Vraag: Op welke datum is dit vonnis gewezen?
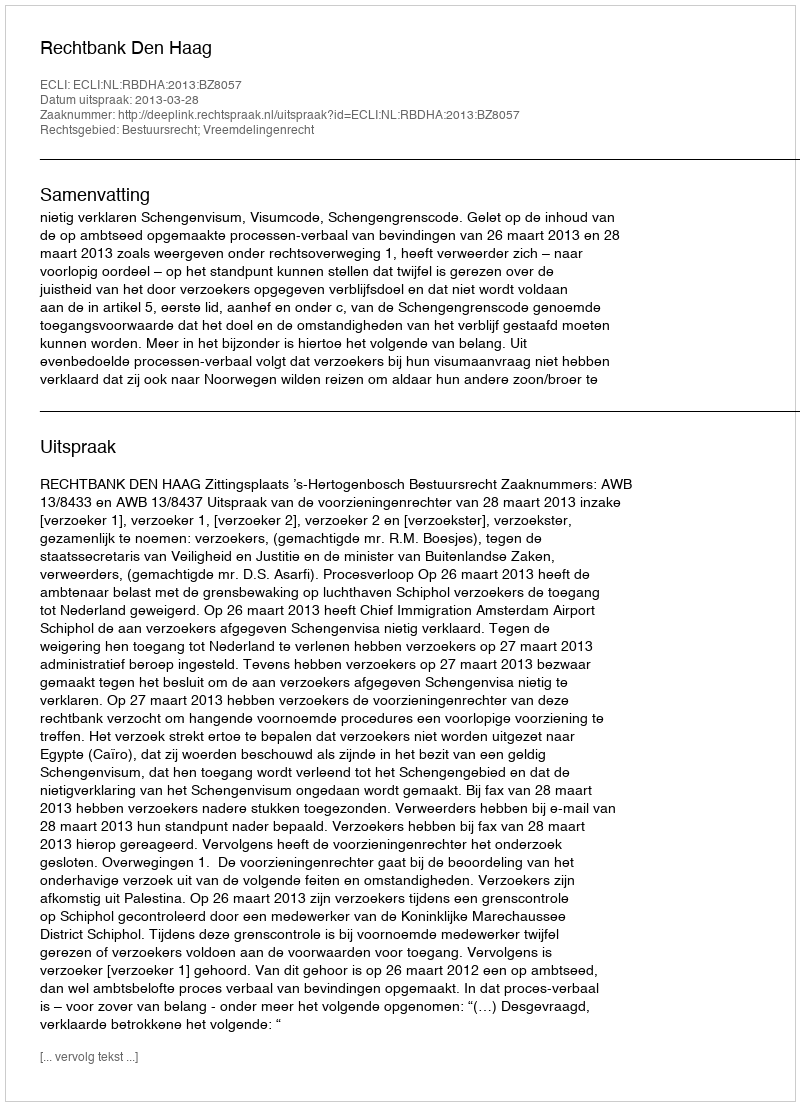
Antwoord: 2013-03-28